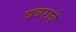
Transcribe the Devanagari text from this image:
घबरावै